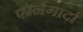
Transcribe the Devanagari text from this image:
एर्म्नगार्दा